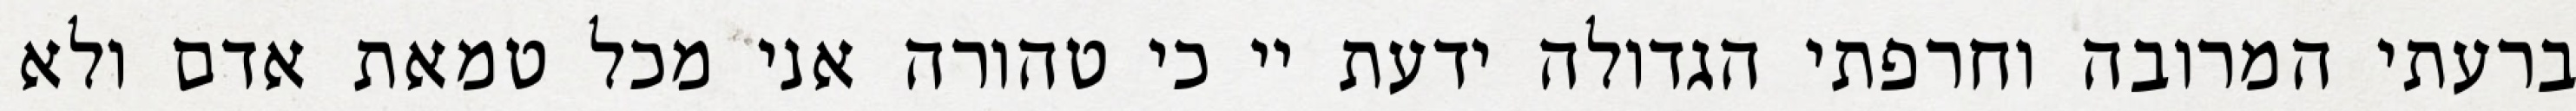
ברעתי המרובה וחרפתי הגדולה ידעת יי כי טהורה אני מכל טמאת אדם ולא